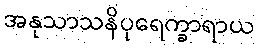
အနုသာသနိပုရေက္ခာရာယ